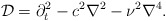
\begin{align*}{\cal D}={\partial^{2}_t}-c^2 {\nabla^2}-\nu^2{\nabla^4}.\end{align*}